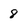
Character: 8